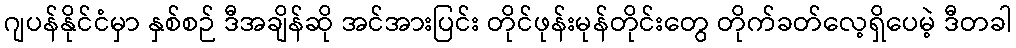
ဂျပန်နိုင်ငံမှာ နှစ်စဉ် ဒီအချိန်ဆို အင်အားပြင်း တိုင်ဖုန်းမုန်တိုင်းတွေ တိုက်ခတ်လေ့ရှိပေမဲ့ ဒီတခါ